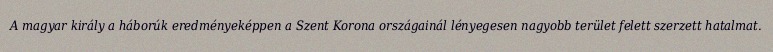
A magyar király a háborúk eredményeképpen a Szent Korona országainál lényegesen nagyobb terület felett szerzett hatalmat.